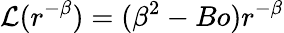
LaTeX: \mathcal{L}(r^{-\beta})=(\beta^{2}-Bo)r^{-\beta}